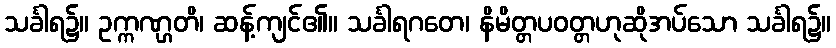
သင်္ခါရ၌။ ဥက္ကဏ္ဌတိ၊ ဆန့်ကျင်၏။ သင်္ခါရဂတေ၊ နိမိတ္တပဝတ္တဟုဆိုအပ်သော သင်္ခါရ၌။